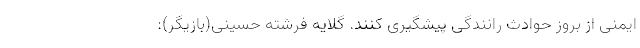
ایمنی از بروز حوادث رانندگی پیشگیری کنند. گلایه فرشته حسینی(بازیگر):